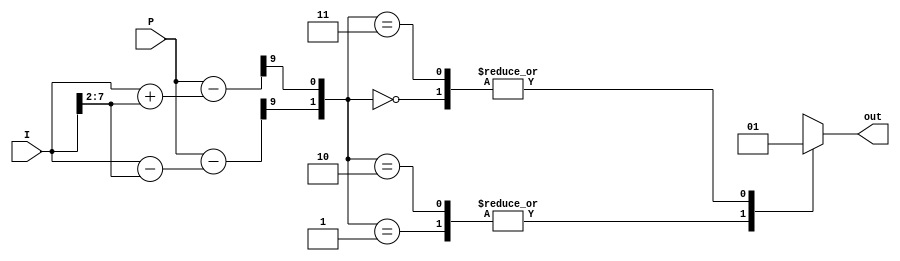
`timescale 1ns / 1ps
//////////////////////////////////////////////////////////////////////////////////
// Company: 
// Engineer: 
// 
// Design Name: 
// Module Name: com
// Project Name: 
// Target Devices: 
// Tool Versions: 
// Description: 
// 
// Dependencies: 
// 
// Revision:
// Revision 0.01 - File Created
// Additional Comments:
// 
//////////////////////////////////////////////////////////////////////////////////


module com(
output reg out,
input [7:0] I,P
);
wire [8:0]   i;
wire [8:0] I_sub_i;
wire [8:0] I_add_i;
assign i=I>>2;
assign I_sub_i=I-i;
assign I_add_i=I+i;
wire [9:0]P_sub;
wire [9:0]P_add;
assign P_sub=P-I_sub_i;
assign P_add=P-I_add_i;
wire s0,s1;
assign s0=P_sub[9];
assign s1=P_add[9];
always@(*) begin    
    case({s0,s1})
    2'b00:  out=1;
    2'b01:  out=0;
    2'b10:  out=0;
    2'b11:  out=1;
    endcase
end 
/*always @(posedge clk,posedge reset) 
begin
    if(reset)   i<=0;
    else    begin   
        i=I>>2;
        if(P<I-i) out=1;
        else if(P>I+i)  out=1;
        else out=0;
        end
end*/        
endmodule